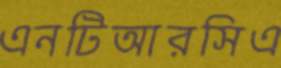
এনটিআরসিএ